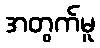
အတွက်မူ